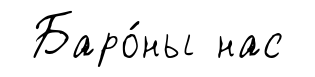
Баро́ны нас